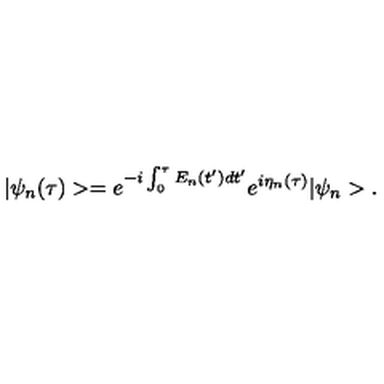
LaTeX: | \psi _ { n } ( \tau ) > = e ^ { - i \int _ { 0 } ^ { \tau } E _ { n } ( t ^ { \prime } ) d t ^ { \prime } } e ^ { i \eta _ { n } ( \tau ) } | \psi _ { n } > .